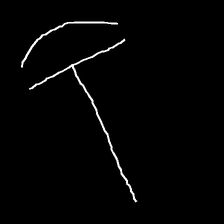
Glyph: dispersion